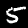
Digit: 5